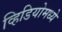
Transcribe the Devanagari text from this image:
व्हिडियोमध्ये